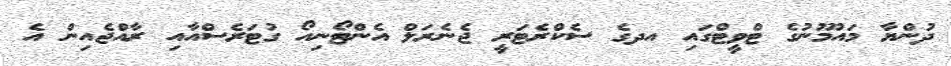
ދުންޔާ މައުމޫނުގެ ޓްވީޓްގައި އދގެ ސެކްރެޓަރީ ޖެނެރަލް އެންޓޯނިއޯ ގުޓަރެސްއާއި ރާއްޖެއިން އެ